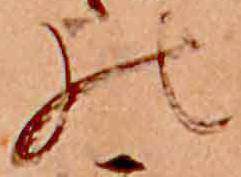
の